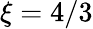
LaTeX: \xi=4/3